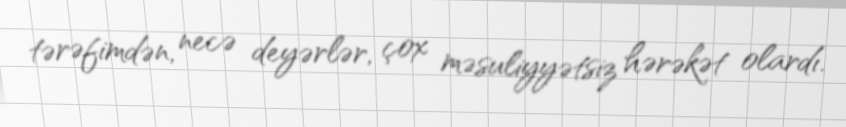
tərəfimdən, necə deyərlər, çox məsuliyyətsiz hərəkət olardı.